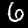
Label: 6